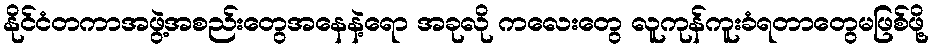
နိုင်ငံတကာအဖွဲ့အစည်းတွေအနေနဲ့ရော အခုလို ကလေးတွေ လူကုန်ကူးခံရတာတွေမဖြစ်ဖို့